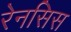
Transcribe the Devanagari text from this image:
रेनसिस